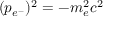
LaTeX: ( p _ { e ^ { - } } ) ^ { 2 } = - m _ { e } ^ { 2 } c ^ { 2 }